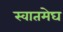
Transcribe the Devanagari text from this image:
स्वातमेघ